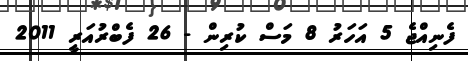
ފެނިއްޖެ 5 އަހަރު 8 މަސް ކުރިން - 26 ފެބްރުއަރީ 2011